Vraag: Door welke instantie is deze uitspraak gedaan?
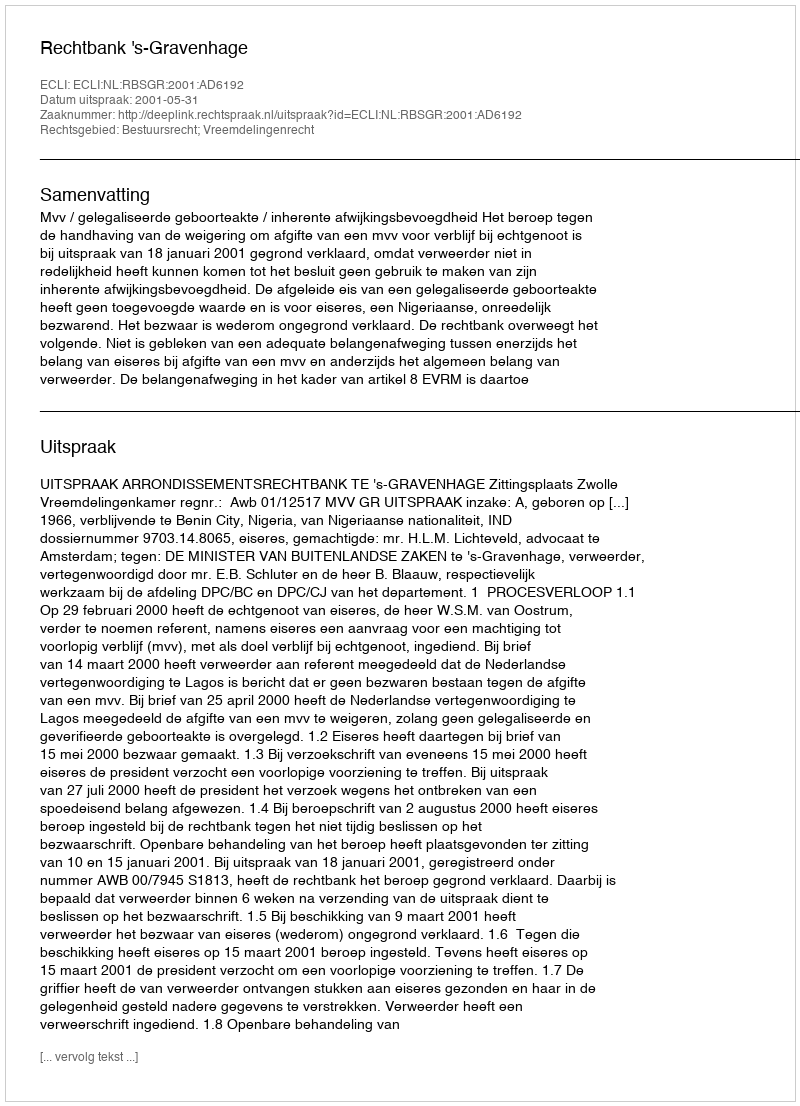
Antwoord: Rechtbank 's-Gravenhage